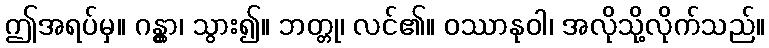
ဤအရပ်မှ။ ဂန္တွာ၊ သွား၍။ ဘတ္တု၊ လင်၏။ ဝဿာနုဝါ၊ အလိုသို့လိုက်သည်။